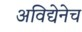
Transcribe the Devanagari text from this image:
अविद्येनेच